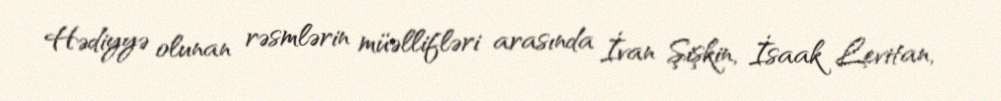
Hədiyyə olunan rəsmlərin müəllifləri arasında İvan Şişkin, İsaak Levitan,